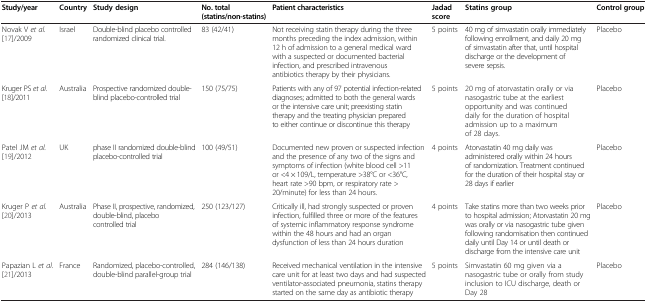
<table><thead><tr><td><b>Study/year</b></td><td><b>Country</b></td><td><b>Study design</b></td><td><b>No. total (statins/non-statins)</b></td><td><b>Patient characteristics</b></td><td><b>Jadad score</b></td><td><b>Statins group</b></td><td><b>Control group</b></td></tr></thead><tbody><tr><td>Novak V <i>et al.</i>[17]/2009</td><td>Israel</td><td>Double-blind placebo controlled randomized clinical trial.</td><td>83 (42/41)</td><td>Not receiving statin therapy during the three months preceding the index admission, within 12 h of admission to a general medical ward with a suspected or documented bacterial infection, and prescribed intravenous antibiotics therapy by their physicians.</td><td>5 points</td><td>40 mg of simvastatin orally immediately following enrollment, and daily 20 mg of simvastatin after that, until hospital discharge or the development of severe sepsis.</td><td>Placebo</td></tr><tr><td>Kruger PS <i>et al.</i>[18]/2011</td><td>Australia</td><td>Prospective randomized double-blind placebo-controlled trial</td><td>150 (75/75)</td><td>Patients with any of 97 potential infection-related diagnoses; admitted to both the general wards or the intensive care unit; preexisting statin therapy and the treating physician prepared to either continue or discontinue this therapy</td><td>5 points</td><td>20 mg of atorvastatin orally or via nasogastric tube at the earliest opportunity and was continued daily for the duration of hospital admission up to a maximum of 28 days.</td><td>Placebo</td></tr><tr><td>Patel JM <i>et al.</i>[19]/2012</td><td>UK</td><td>phase II randomized double-blind placebo-controlled trial</td><td>100 (49/51)</td><td>Documented new proven or suspected infection and the presence of any two of the signs and symptoms of infection (white blood cell &gt;11 or &lt;4 × 109/L, temperature &gt;38°C or &lt;36°C, heart rate &gt;90 bpm, or respiratory rate &gt;20/minute) for less than 24 hours.</td><td>4 points</td><td>Atorvastatin 40 mg daily was administered orally within 24 hours of randomization. Treatment continued for the duration of their hospital stay or 28 days if earlier</td><td>Placebo</td></tr><tr><td>Kruger P <i>et al.</i>[20]/2013</td><td>Australia</td><td>Phase II, prospective, randomized, double-blind, placebo controlled trial</td><td>250 (123/127)</td><td>Critically ill, had strongly suspected or proven infection, fulfilled three or more of the features of systemic inflammatory response syndrome within the 48 hours and had an organ dysfunction of less than 24 hours duration</td><td>4 points</td><td>Take statins more than two weeks prior to hospital admission; Atorvastatin 20 mg was orally or via nasogastric tube given following randomisation then continued daily until Day 14 or until death or discharge from the intensive care unit</td><td>Placebo</td></tr><tr><td>Papazian L <i>et al.</i>[21]/2013</td><td>France</td><td>Randomized, placebo-controlled, double-blind parallel-group trial</td><td>284 (146/138)</td><td>Received mechanical ventilation in the intensive care unit for at least two days and had suspected ventilator-associated pneumonia, statins therapy started on the same day as antibiotic therapy</td><td>5 points</td><td>Simvastatin 60 mg given via a nasogastric tube or orally from study inclusion to ICU discharge, death or Day 28</td><td>Placebo</td></tr></tbody></table>